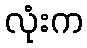
လုံးက